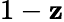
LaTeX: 1-\mathbf{z}